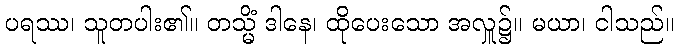
ပရဿ၊ သူတပါး၏။ တသ္မိံ ဒါနေ၊ ထိုပေးသော အလှူ၌။ မယာ၊ ငါသည်။